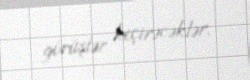
görüşlər keçirəcəklər.